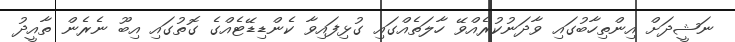
ނަޝީދަށް އިންތިހާބުގައި ވާދަނުކުރެއްވޭ ހާލަތެއްގައި ގުޅިފައިވާ ކެންޑިޑޭޓެއްގެ ގޮތުގައި އިބޫ ނެރެން ތާއީދު